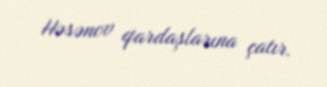
Həsənov qardaşlarına çatır.